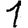
Digit: 1